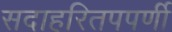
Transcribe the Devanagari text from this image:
सदाहरितपपर्णी